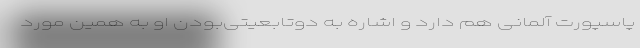
پاسپورت آلمانی هم دارد و اشاره به دوتابعیتی‌بودن او به همین مورد